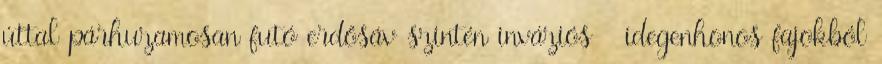
úttal párhuzamosan futó erdősáv szintén inváziós idegenhonos fajokból